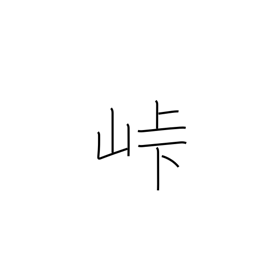
Meaning: crest